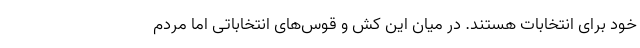
خود برای انتخابات هستند. در میان این کش و قوس‌های انتخاباتی اما مردم